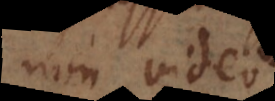
non video